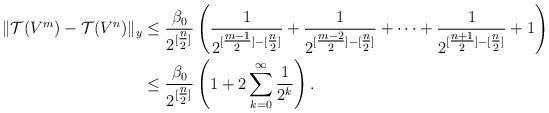
LaTeX: \begin{align*}\|\mathcal{T}(V^{m})-\mathcal{T}(V^{n})\|_{y}&\leq\frac{\beta_{0}}{2^{[\tfrac{n}{2}]}}\left(\frac{1}{2^{[\tfrac{m-1}{2}]-[\tfrac{n}{2}]}}+\frac{1}{2^{[\tfrac{m-2}{2}]-[\tfrac{n}{2}]}}+\cdots+\frac{1}{2^{[\tfrac{n+1}{2}]-[\tfrac{n}{2}]}}+1\right)\\&\leq\frac{\beta_{0}}{2^{[\tfrac{n}{2}]}}\left(1+2\sum_{k=0}^{\infty}\frac{1}{2^{k}}\right).\end{align*}